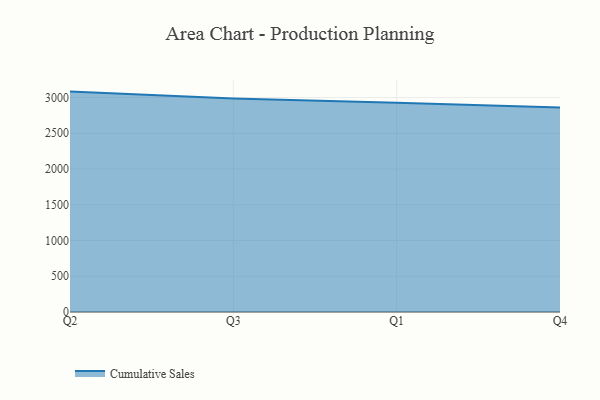
{"axis": {"x": "Quarter", "y": "LTV (USD)"}, "legend": ["Cumulative Sales"], "data": [{"x": "Q2", "y": 3082.1, "type": "Cumulative Sales"}, {"x": "Q3", "y": 2985.8, "type": "Cumulative Sales"}, {"x": "Q1", "y": 2925.0, "type": "Cumulative Sales"}, {"x": "Q4", "y": 2860.9, "type": "Cumulative Sales"}]}